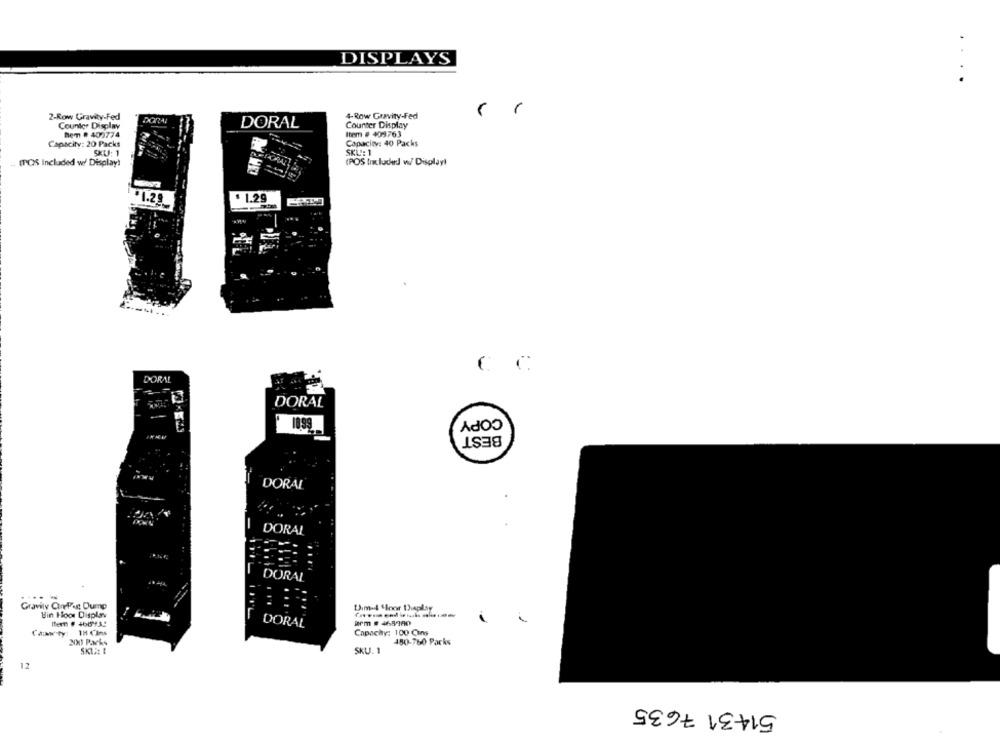
DISPLAYS
....
2-Row Gravity-Fed
DORAL
4-Row Gravity-Fed
Counter Display
DORAL
Counter Display
Nem # 409774
Item # 409763
Capacity: 40 Packs
Capacity: 20 Packs
SKU: 1
SKU: 1
(POS Included w/ Display!
(POS Included w/ Display!
$1.29
$ 1.29
CC
DORAL
DORAL
COPY
1099
BEST
DORAL
-
DORAL
DORAL
Gravity CorePic Dump
Um-4 Hoor Display
Bin Hoor Display
DORAL
Capachy: 100 Cins
Can ty: 11 Cins
200 Packs
450-760 Parks
SKU. 1
12
51431 7635